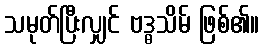
သမုတ်ပြီးလျှင် ဗဒ္ဓသိမ် ဖြစ်၏။